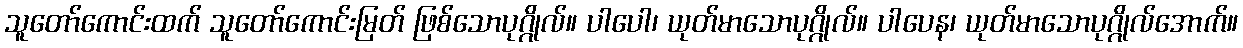
သူတော်ကောင်းထက် သူတော်ကောင်းမြတ် ဖြစ်သောပုဂ္ဂိုလ်။ ပါပေါ၊ ယုတ်မာသောပုဂ္ဂိုလ်။ ပါပေန၊ ယုတ်မာသောပုဂ္ဂိုလ်အောက်။